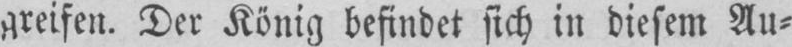
Der König befindet sich in diesem Au⸗